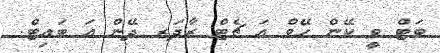
ބަޓް ވީ ކޭން ހޭވް އަ ޗެޓް ރާދަރ ދޭން އަ ބައިޓް.